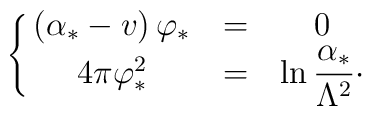
\left\{ \matrix{(\alpha_{*} -v)\, \varphi_{*} &=& 0 \cr4\pi \varphi_{*}^{2} &=&\displaystyle \ln {\alpha_{*}\over\Lambda^{2}}\cdotp\cr}\right.